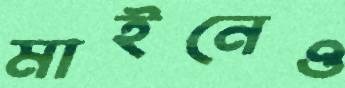
মাইনেও